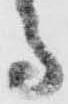
守